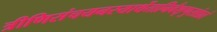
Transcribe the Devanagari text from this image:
त्रीणिसंचयनस्यार्थेतानिवैशृणुसांप्रतं